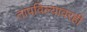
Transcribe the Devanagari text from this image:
तापविल्यावरही